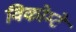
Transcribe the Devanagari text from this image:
विकोम्‍टे